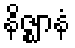
နိဇ္ဈာနံ